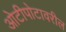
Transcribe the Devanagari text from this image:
ओटीपोटावरील